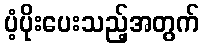
ပံ့ပိုးပေးသည့်အတွက်